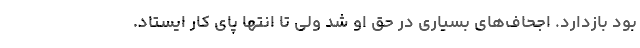
بود بازدارد. اجحاف‌های بسیاری در حق او شد ولی تا انتها پای کار ایستاد.